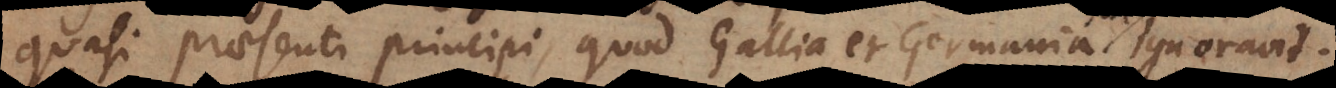
quasi praesenti principi quod Gallia et Germania ignoravit.